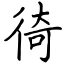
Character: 徛